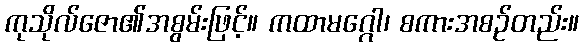
ကုသိုလ်ဇော၏အစွမ်းဖြင့်။ ကထာမဂ္ဂေါ၊ စကားအစဉ်တည်း။